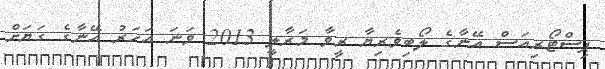
ޕިސްޓޯރިއަސް އޭނާގެ ލޯބިވެރިޔާ ރީވާ މަރާލީ 2013 ވަނަ އަހަރު އޭނާގެ ގަޔަށް